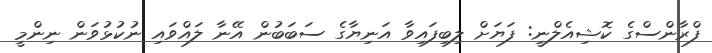
ފްރާންސްގެ ކޮޝިއެލްނީ: ފަޔަށް ލިބިފައިވާ އަނިޔާގެ ސަބަބުން އޭނާ ލައްވައި ނުކުޅުވަން ނިންމީ